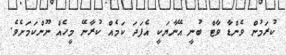
ކުރަމުން ވެންޑާ ވާޓް ބުނީ އޭނާޔަކީ އެފަދަ ކަމެއް ކުރާނޭ މީހެއް ނޫންކަމަށެވެ.